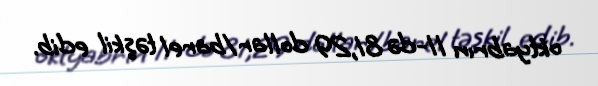
oktyabrın 11-də 81,29 dollar/barel təşkil edib.